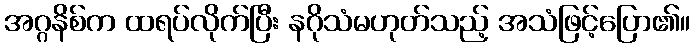
အဂ္ဂနိစ်က ထရပ်လိုက်ပြီး နဂိုသံမဟုတ်သည့် အသံဖြင့်ပြော၏။